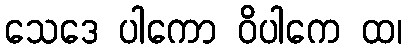
သေဒေ ပါကော ဝိပါကေ ထ၊